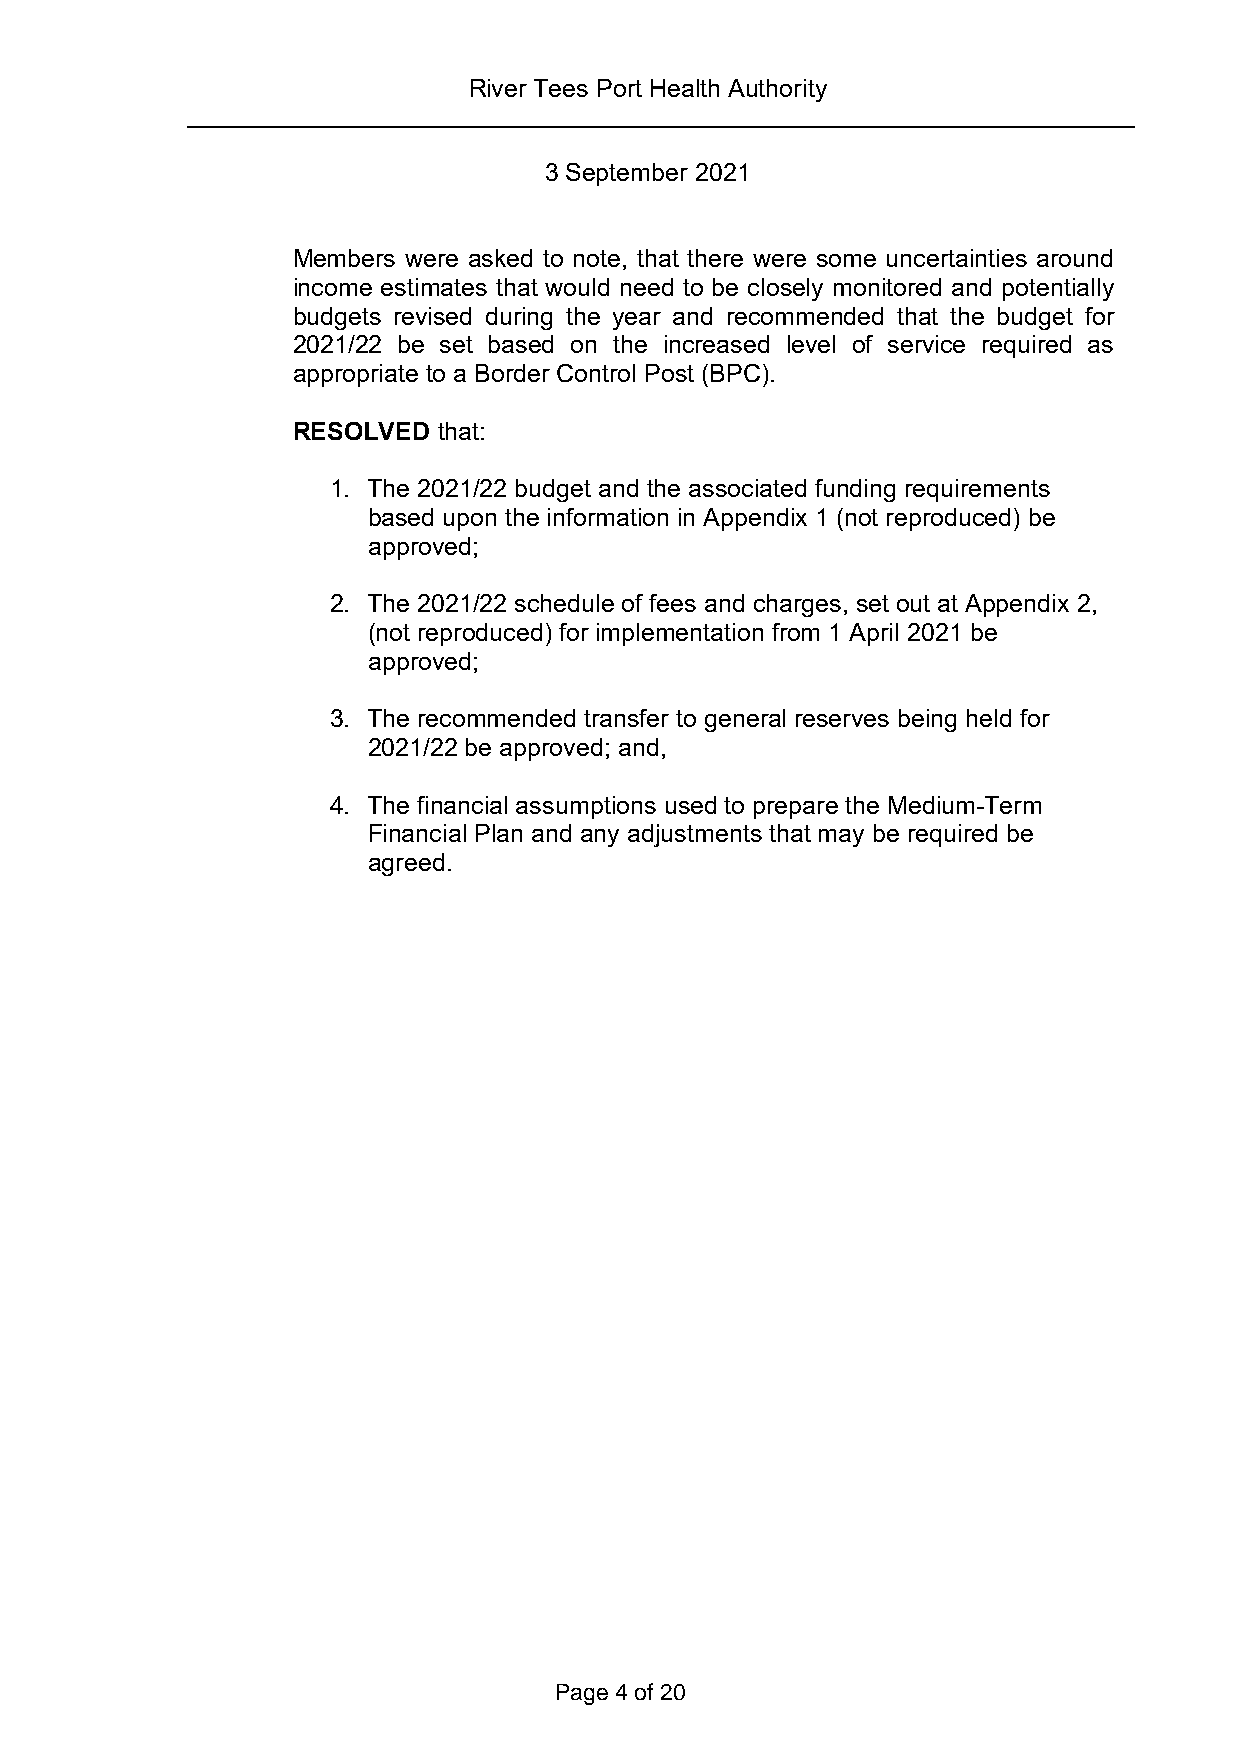
River Tees Port Health Authority
 3 September 2021
 Members were asked to note, that there were some uncertainties around
 income estimates that would need to be closely monitored and potentially
 budgets revised during the year and recommended that the budget for
 2021/22 be set based on the increased level of service required as
 appropriate to a Border Control Post (BPC).
 RESOLVED  that:
 1. The 2021/22 budget and the associated funding requirements
 based upon the information in Appendix 1 (not reproduced) be
 approved;
 2. The 2021/22 schedule of fees and charges, set out at Appendix 2,
 (not reproduced) for implementation from 1 April 2021 be
 approved;
 3. The recommended transfer to general reserves being held for
 2021/22 be approved; and,
 4. The financial assumptions used to prepare the Medium-Term
 Financial Plan and any adjustments that may be required be
 agreed.
 Page 4 of 20